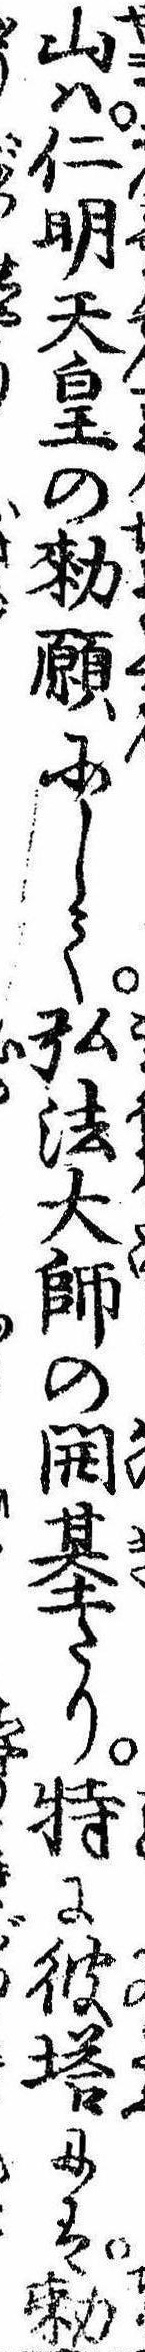
山は仁明天皇の勅願にして弘法大師の開基たり特に彼塔には勅